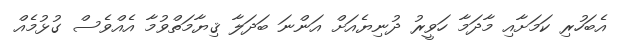
އެބަހުރި ކަމަށާއި މާދަމާ ހަވީރު ދުނިޔެއަށް އަންނަ ބަދަލާ ޤިޔާމަތްވުމާ އެއްވެސް ގުޅުމެއް